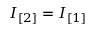
I _ { [ 2 ] } = I _ { [ 1 ] }